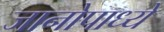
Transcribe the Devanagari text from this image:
जानोपाध्ये